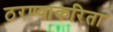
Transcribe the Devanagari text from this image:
ठरण्याकरिता